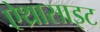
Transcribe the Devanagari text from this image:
ऐथ्रासाइट